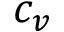
c _ { v }